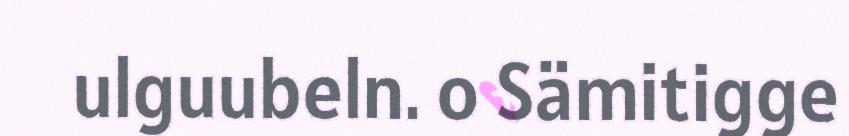
ulguubeln. o Sämitigge